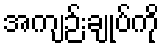
အကျဉ်းချုပ်ကို